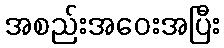
အစည်းအဝေးအပြီး